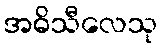
အဓိသီလေသု